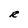
Character: R